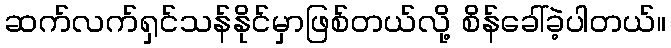
ဆက်လက်ရှင်သန်နိုင်မှာဖြစ်တယ်လို့ စိန်ခေါ်ခဲ့ပါတယ်။